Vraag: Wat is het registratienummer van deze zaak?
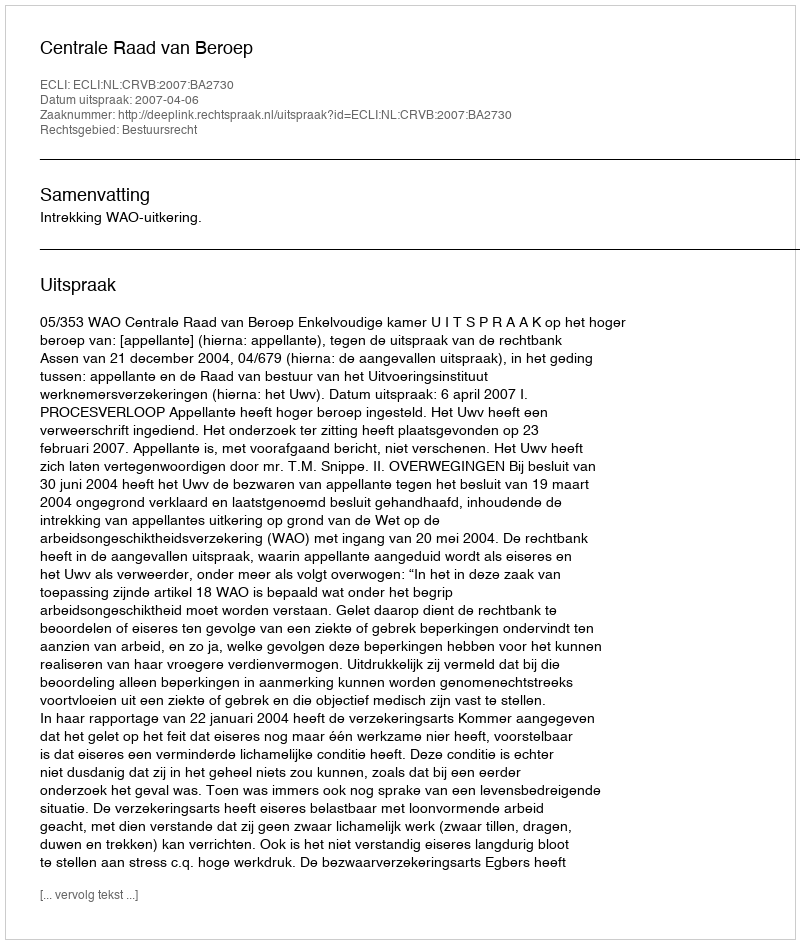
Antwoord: http://deeplink.rechtspraak.nl/uitspraak?id=ECLI:NL:CRVB:2007:BA2730